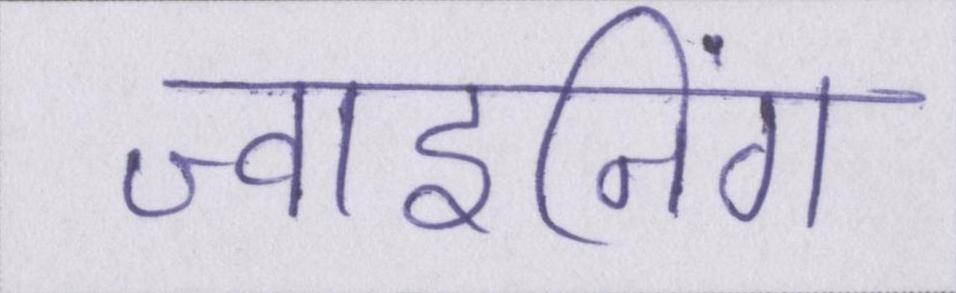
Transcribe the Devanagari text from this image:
ज्वाइनिंग